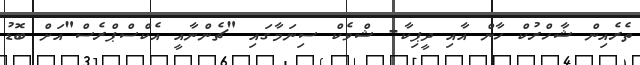
ތެރެއިން ޝާހްރުކް ހާން އާއި ދީޕިކާ- ޝްވެކް ސިނަމާގައި "ޗެންނާއީ އެކްސްޕްރެސް"އަށް ބޮޑު